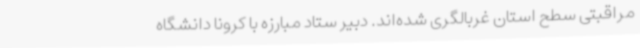
مراقبتی سطح استان غربالگری شده‌اند. دبیر ستاد مبارزه با کرونا دانشگاه